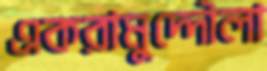
একরামুদ্দৌলা